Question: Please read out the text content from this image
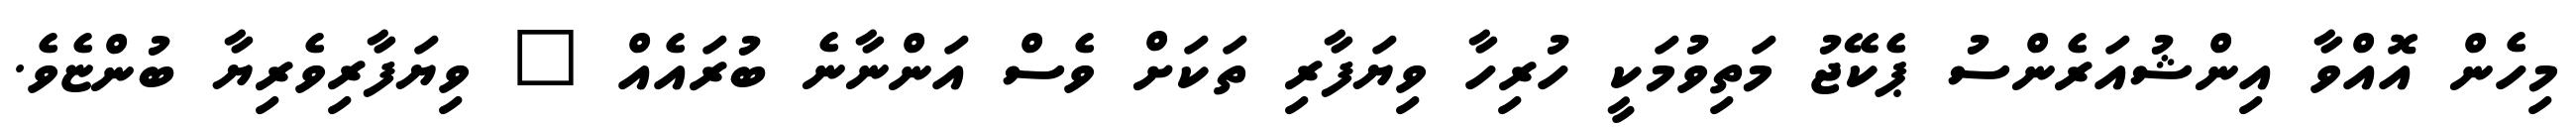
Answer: މިހެން އޮއްވާ އިންޝުއަރެންސު ޕެކޭޖު މަތިވުމަކީ ހުރިހާ ވިޔަފާރި ތަކަށް ވެސް އަންނާނެ ބުރައެއް " ވިޔަފާރިވެރިޔާ ބުންޏެވެ.